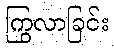
ကြွလာခြင်း